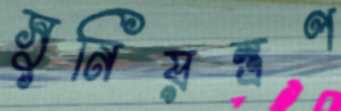
সুনিয়ন্ত্রণ